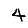
Digit: 4